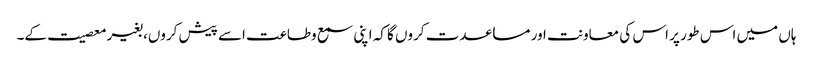
ہاں میں اس طور پر اس کی معاونت اور مساعدت کروں گا کہ اپنی سمع وطاعت اسے پیش کروں، بغیر معصیت کے۔